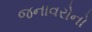
જનાવરોનો